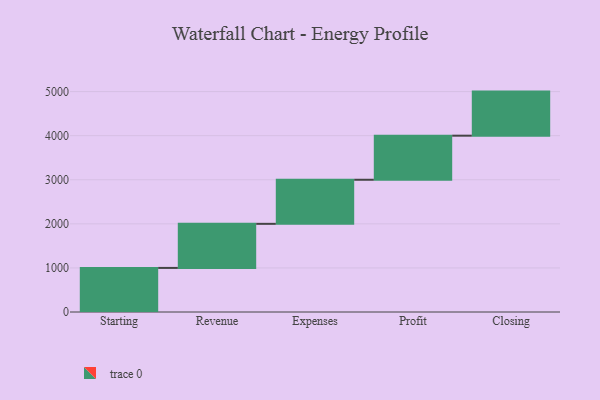
{"axis": {"x": "Step", "y": "Value"}, "legend": [""], "data": [{"x": "Starting", "y": 1000, "type": ""}, {"x": "Revenue", "y": 1000, "type": ""}, {"x": "Expenses", "y": 1000, "type": ""}, {"x": "Profit", "y": 1000, "type": ""}, {"x": "Closing", "y": 1000, "type": ""}]}